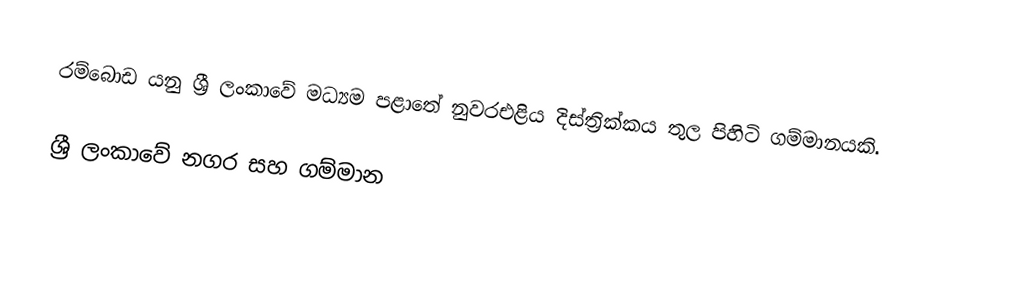
රම්බොඩ යනු ශ්‍රී ලංකාවේ මධ්‍යම පළාතේ නුවරඑළිය දිස්ත්‍රික්කය තුල පිහිටි ගම්මානයකි.

ශ්‍රී ලංකාවේ නගර සහ ගම්මාන